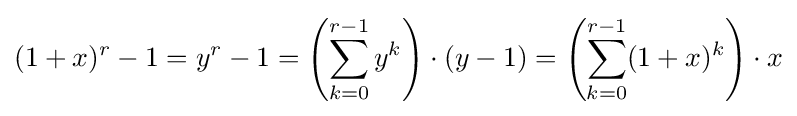
(1+x)^{r}-1=y^{r}-1=\left(\sum _{k=0}^{r-1}y^{k}\right)\cdot (y-1)=\left(\sum _{k=0}^{r-1}(1+x)^{k}\right)\cdot x